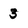
Character: 3